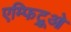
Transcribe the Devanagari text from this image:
एम्फिट्रूओ